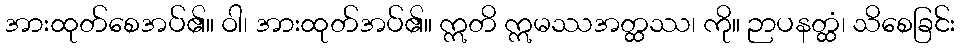
အားထုတ်စေအပ်၏။ ဝါ၊ အားထုတ်အပ်၏။ ဣတိ ဣမဿအတ္ထဿ၊ ကို။ ဉာပနတ္ထံ၊ သိစေခြင်း